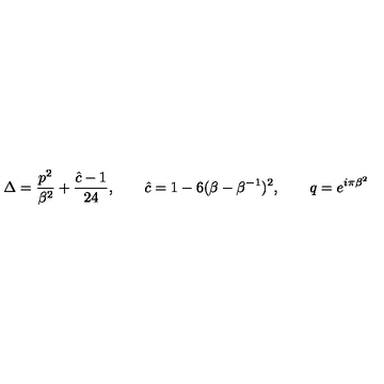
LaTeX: \Delta = { \frac { p ^ { 2 } } { \beta ^ { 2 } } } + { \frac { \hat { c } - 1 } { 2 4 } } , \qquad \hat { c } = 1 - 6 ( \beta - \beta ^ { - 1 } ) ^ { 2 } , \qquad q = e ^ { i \pi \beta ^ { 2 } }